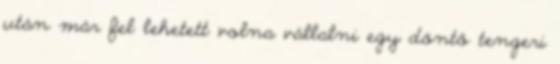
után már fel lehetett volna vállalni egy döntő tengeri